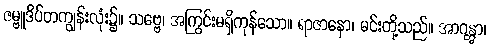
ဇမ္ဗူဒိပ်တကျွန်းလုံး၌။ သဗ္ဗေ၊ အကြွင်းမရှိကုန်သော။ ရာဇာနော၊ မင်းတို့သည်။ အာဂန္တွာ၊